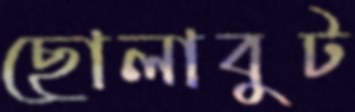
ছোলাবুট